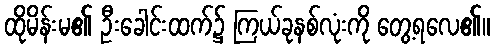
ထိုမိန်းမ၏ ဦးခေါင်းထက်၌ ကြယ်ခုနစ်လုံးကို တွေ့ရလေ၏။